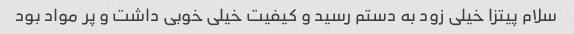
سلام پیتزا خیلی زود به دستم رسید و کیفیت خیلی خوبی داشت و پر مواد بود